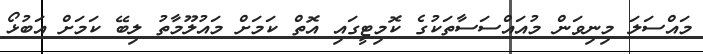
މައްސަލަ މިނިވަން މުއައްސަސާތަކުގެ ކޮމިޓީގައި އޮތް ކަމަށް މައުލޫމާތު ލިބޭ ކަމަށް އަބުޅޯ